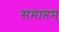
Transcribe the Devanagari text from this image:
समाप्तम्‌